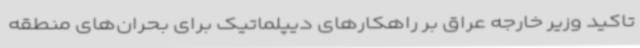
تاکید وزیر خارجه عراق بر راهکارهای دیپلماتیک برای بحران‌های منطقه